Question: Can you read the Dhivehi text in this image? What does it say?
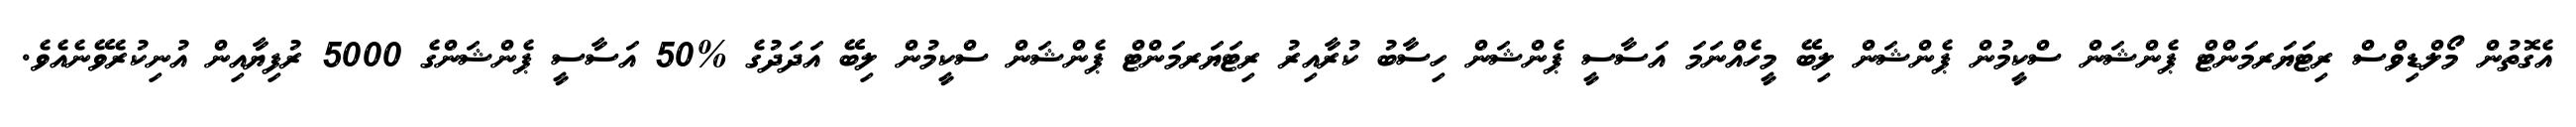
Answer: އެގޮތުން މޯލްޑިވްސް ރިޓަޔަރމަންޓް ޕެންޝަން ސްކީމުން ޕެންޝަން ލިބޭ މީހެއްނަމަ އަސާސީ ޕެންޝަން ހިސާބު ކުރާއިރު ރިޓަޔަރމަންޓް ޕެންޝަން ސްކީމުން ލިބޭ އަދަދުގެ %50 އަސާސީ ޕެންޝަންގެ 5000 ރުފިޔާއިން އުނިކުރެވޭނެއެވެ.